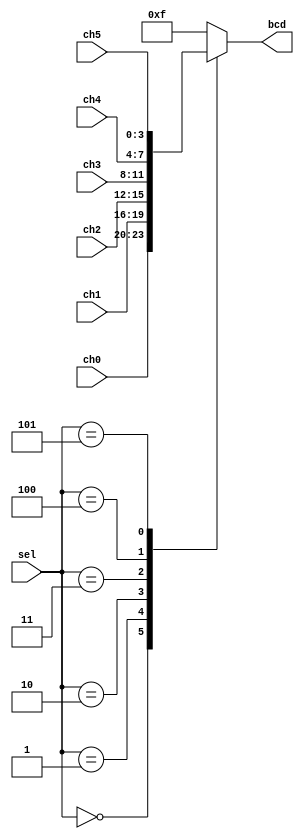
`timescale 1ns / 1ps
//////////////////////////////////////////////////////////////////////////////////
// Company: 
// Engineer: 
// 
// Design Name: 
// Module Name:    mux6_1 
// Project Name: 
// Target Devices: 
// Tool versions: 
// Description: 
//
// Dependencies: 
//
// Revision: 
// Revision 0.01 - File Created
// Additional Comments: 
//
//////////////////////////////////////////////////////////////////////////////////
module mux6_1(
    input [3:0] ch0,
    input [3:0] ch1,
    input [3:0] ch2,
    input [3:0] ch3,
    input [3:0] ch4,
    input [3:0] ch5,
    input [3:0] sel,
    output [3:0] bcd
    );
	 reg [3:0] bcdr;
	 assign bcd = bcdr;
	 always @(sel)
		case (sel)
		4'b0000:bcdr <= ch0;
		4'b0001:bcdr <= ch1;
		4'b0010:bcdr <= ch2;
		4'b0011:bcdr <= ch3;
		4'b0100:bcdr <= ch4;
		4'b0101:bcdr <= ch5;
		default:bcdr <= 4'b1111;
		endcase
endmodule